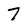
Character: 7